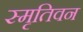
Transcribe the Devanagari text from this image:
स्मृतिवन